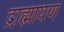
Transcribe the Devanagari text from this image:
द्राह्मायण